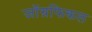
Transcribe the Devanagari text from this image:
जाॅग्रफिकल